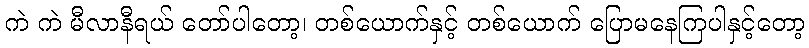
ကဲ ကဲ မီလာနီရယ် တော်ပါတော့၊ တစ်ယောက်နှင့် တစ်ယောက် ပြောမနေကြပါနှင့်တော့